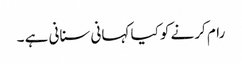
رام کرنے کو کیا کہانی سنانی ہے ۔